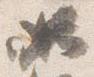
如